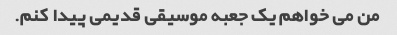
من می خواهم یک جعبه موسیقی قدیمی پیدا کنم.